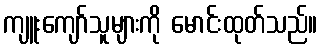
ကျူးကျော်သူများကို မောင်းထုတ်သည်။